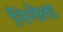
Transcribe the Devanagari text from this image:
निगेला